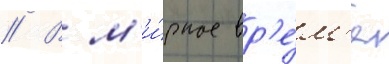
// В м'и́рное вр'е́м'я